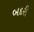
બદરી